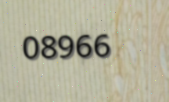
08966